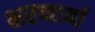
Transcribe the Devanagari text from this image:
भरणार्या